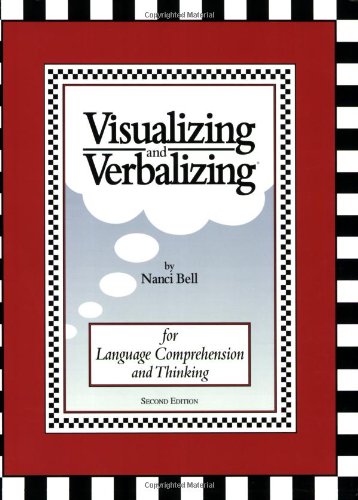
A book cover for Visualizing and Verbalizing: For Language Comprehension and Thinking; Nanci Bell; Science & Math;